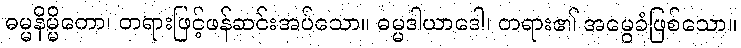
ဓမ္မနိမ္မိတော၊ တရားဖြင့်ဖန်ဆင်းအပ်သော။ ဓမ္မဒါယာဒေါ၊ တရား၏ အမွေခံဖြစ်သော။